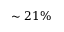
\sim 2 1 \%